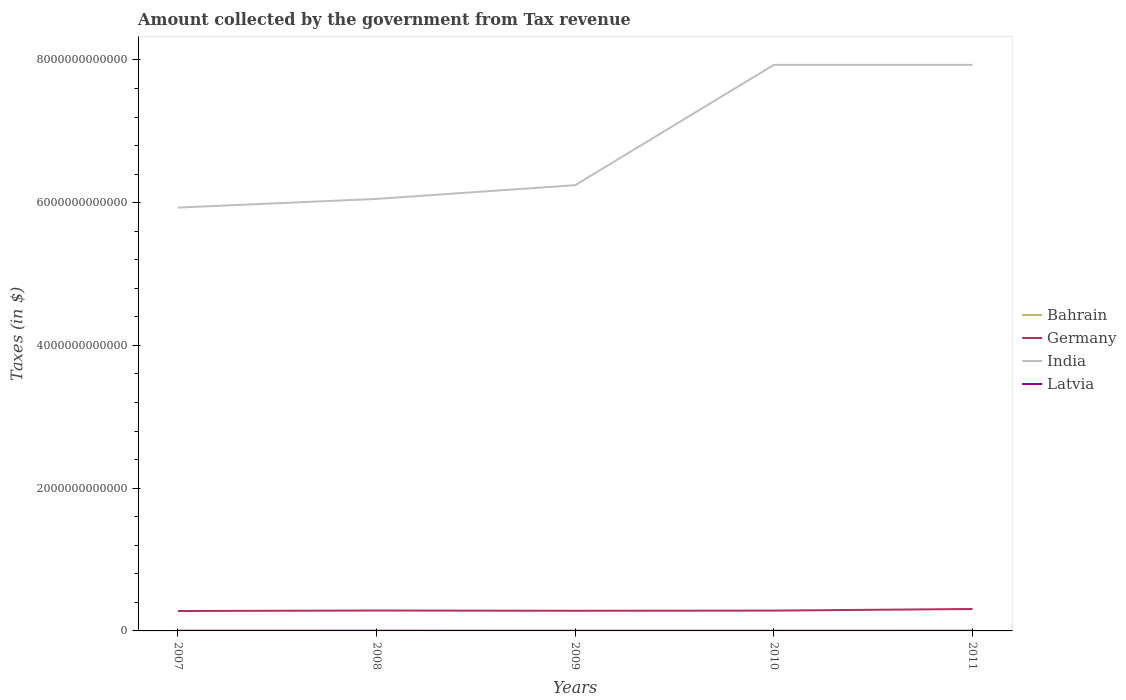
| Years | Bahrain | Germany | India | Latvia |
 | --- | --- | --- | --- | --- |
 | 2007 | 9.36e+07 | 2.79e+11 | 5.93e+12 | 2.31e+09 |
 | 2008 | 1.19e+08 | 2.86e+11 | 6.05e+12 | 2.43e+09 |
 | 2009 | 1.18e+08 | 2.82e+11 | 6.25e+12 | 1.75e+09 |
 | 2010 | 1.14e+08 | 2.85e+11 | 7.93e+12 | 1.63e+09 |
 | 2011 | 1.21e+08 | 3.07e+11 | 7.93e+12 | 1.88e+09 |